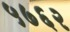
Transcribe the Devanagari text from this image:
५७६२